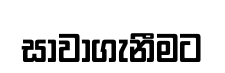
සාවාගැනීමට